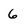
Character: 6